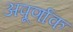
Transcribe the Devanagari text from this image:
अपूर्णाक